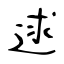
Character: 逑